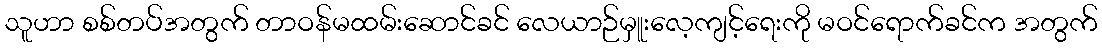
သူဟာ စစ်တပ်အတွက် တာဝန်မထမ်းဆောင်ခင် လေယာဉ်မှူးလေ့ကျင့်ရေးကို မဝင်ရောက်ခင်က အတွက်